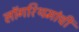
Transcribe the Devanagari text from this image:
लॉगरिथमांची